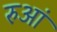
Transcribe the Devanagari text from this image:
रुआं